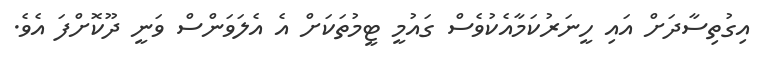
އިގުތިސާދަށް އައި ހީނަރުކަމާއެކުވެސް ގައުމީ ޓީމުތަކަށް އެ އެލަވަންސް ވަނީ ދޫކޮށްފަ އެވެ.